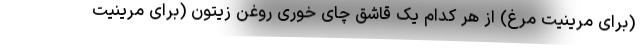
(برای مرینیت مرغ) از هر کدام یک قاشق چای خوری روغن زیتون (برای مرینیت